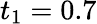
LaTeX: t_{1}=0.7